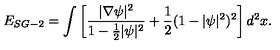
E _ { S G - 2 } = \int \left[ \frac { | \nabla \psi | ^ { 2 } } { 1 - \frac { 1 } { 2 } | \psi | ^ { 2 } } + \frac { 1 } { 2 } ( 1 - | \psi | ^ { 2 } ) ^ { 2 } \right] { d ^ { 2 } x } .